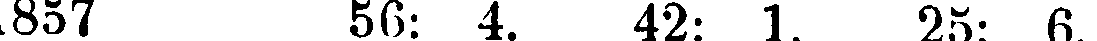
1857 56: 4. 42: 1. 25: 6.